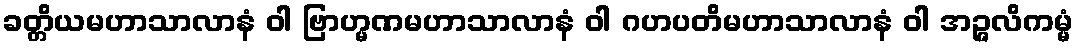
ခတ္တိယမဟာသာလာနံ ဝါ ဗြာဟ္မဏမဟာသာလာနံ ဝါ ဂဟပတိမဟာသာလာနံ ဝါ အဉ္ဇလိကမ္မံ